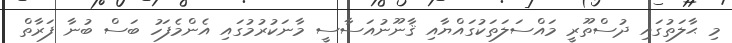
މި ޙާލަތުގައި ދުސްތޫރީ މައްސަލަތަކުގައްޔާއި ޤާނޫނުއަސާސީ މާނަކުރުމުގައި އެންމެފަހު ބަސް ބުނާ ފަރާތް